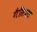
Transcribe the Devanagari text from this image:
गैसियस